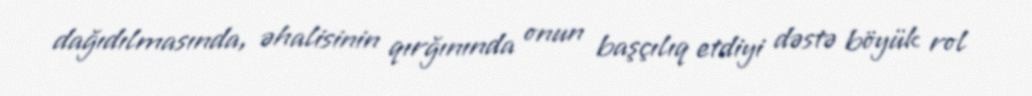
dağıdılmasında, əhalisinin qırğınında onun başçılıq etdiyi dəstə böyük rol